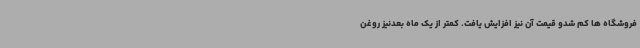
فروشگاه ها کم شدو قیمت آن نیز افزایش یافت. کمتر از یک ماه بعدنیز روغن